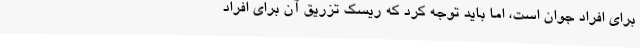
برای افراد جوان است، اما باید توجه کرد که ریسک تزریق آن برای افراد